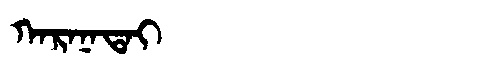
Manchu: ᡴᠠᡵᠠᠨᠠᡨᠠᡳ
Romanization: KARANATAI